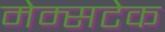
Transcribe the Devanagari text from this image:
मेम्सटेक